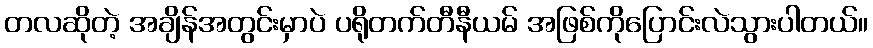
တလဆိုတဲ့ အချိန်အတွင်းမှာပဲ ပရိုတက်တီနီယမ် အဖြစ်ကိုပြောင်းလဲသွားပါတယ်။